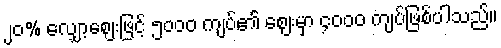
၂၀% လျှော့ဈေးဖြင့် ၅၀၀၀ ကျပ်၏ ဈေးမှာ ၄၀၀၀ ကျပ်ဖြစ်ပါသည်။